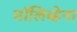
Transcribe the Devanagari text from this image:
मॉलिब्डेना